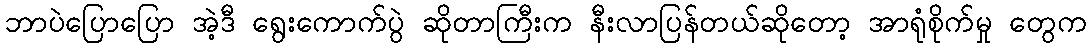
ဘာပဲပြောပြော အဲ့ဒီ ရွေးကောက်ပွဲ ဆိုတာကြီးက နီးလာပြန်တယ်ဆိုတော့ အာရုံစိုက်မှု တွေက